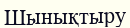
Шынықтыру